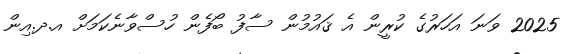
2025 ވަނަ އަހަރުގެ ކުރީން އެ ޤައުމުން ސާފު ބޯފެން ހުސްވާނެކަމަށް އ.ދ.އިން